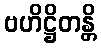
ဗဟိဋ္ဌိတန္တိ